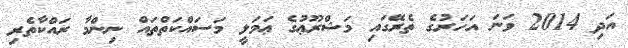
އަދި 2014 ވަނަ އަހަރުގެ ތެރޭގައި މަޝްރޫޢުގެ ޢަމަލީ މަސައްކަތްތައް ނިންމާ ރައްކާތެރި